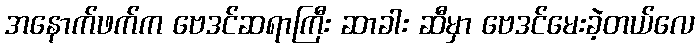
အနောက်ဖက်က ဗေဒင်ဆရာကြီး ဆာခါး ဆီမှာ ဗေဒင်မေးခဲ့တယ်လေ